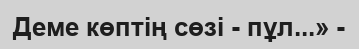
Деме көптің сөзі - пұл...» -